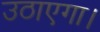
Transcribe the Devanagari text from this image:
उठाएगा।